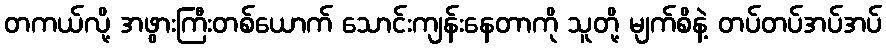
တကယ်လို့ အဖွားကြီးတစ်ယောက် သောင်းကျန်းနေတာကို သူတို့ မျက်စိနဲ့ တပ်တပ်အပ်အပ်